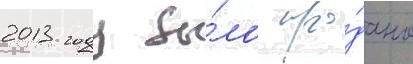
2013 году бы́ло про́дано